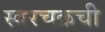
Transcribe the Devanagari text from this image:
स्वरचक्रची